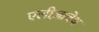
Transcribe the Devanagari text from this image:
एलीज़ाबेथ